Senior Leaving Certificate Examination (including Day School Certificate (Higher) General paper), 1946
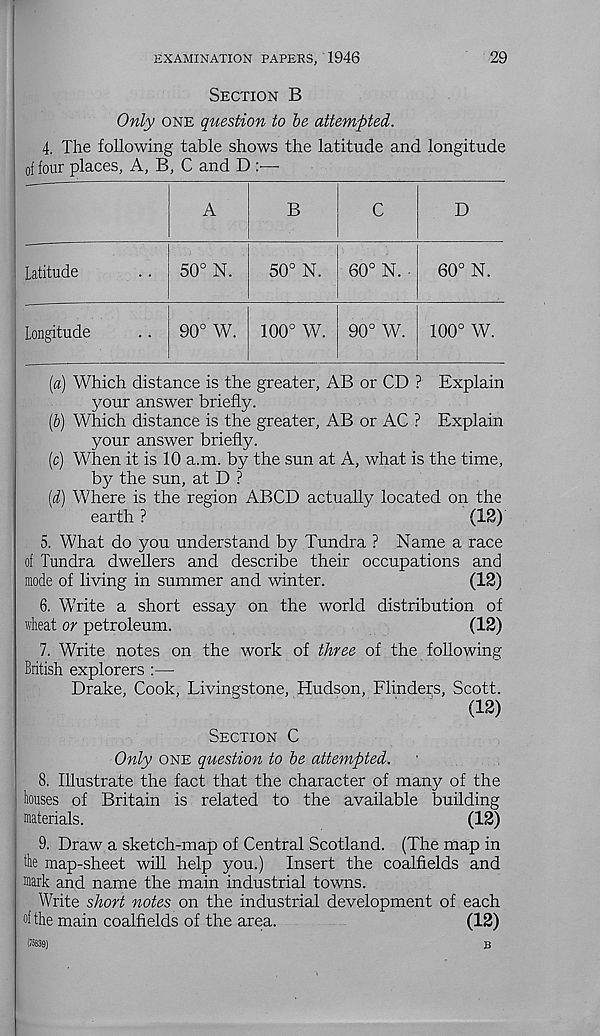
EXAMINATION PAPERS, 1946
29
Section B
Only one question to be attempted.
4. The following table shows the latitude and longitude
of four places. A, B, C and D
Latitude
50° N.
B
C
D
50° N.
60° N.
60° N.
Longitude
90° W.
100° W. 90° W.
100° W.
(a) Which distance is the greater, AB or CD ? Explain
your answer briefly.
(5) Which distance is the greater, AB or AC ? Explain
your answer briefly.
(c) When it is 10 a.m. by the sun at A, what is the time,
by the sun, at D ?
(d) Where is the region ABCD actually located on the
earth ?
(12)'
5. What do you understand by Tundra ? Name a race
of Tundra dwellers and describe their occupations and
mode of living in summer and winter.
(12)
6. Write a short essay on the world distribution of
wheat or petroleum.
(12)
7. Write notes on the work of three of the following
British explorers :—
Drake, Cook, Livingstone, Hudson, Flinders, Scott.
(12)
Section C
Only one question to be attempted.
8. Illustrate the fact that the character of many of the
houses of Britain is related to the available building
materials.
(12)
9. Draw a sketch-map of Central Scotland. (The map in
the map-sheet will help you.) Insert the coalfields and
mark and name the main industrial towns.
Write short notes on the industrial development of each
°fthe main coalfields of the area.
(12)
(75839)
B